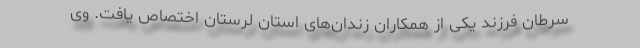
سرطان فرزند یکی از همکاران زندان‌های استان لرستان اختصاص یافت. وی